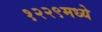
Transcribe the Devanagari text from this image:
१२२९मध्ये